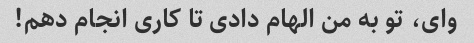
وای، تو به من الهام دادی تا کاری انجام دهم!